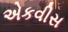
એકવીસ